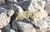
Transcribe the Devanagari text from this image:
भागवत्‌